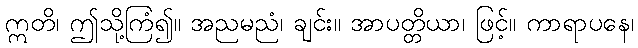
ဣတိ၊ ဤသို့ကြံ၍။ အညမညံ၊ ချင်း။ အာပတ္တိယာ၊ ဖြင့်။ ကာရာပနေ၊